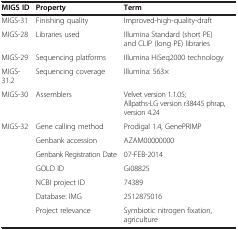
<table><thead><tr><td><b>MIGS ID</b></td><td><b>Property</b></td><td><b>Term</b></td></tr></thead><tbody><tr><td>MIGS-31</td><td>Finishing quality</td><td>Improved-high-quality-draft</td></tr><tr><td>MIGS-28</td><td>Libraries used</td><td>Illumina Standard (short PE) and CLIP (long PE) libraries</td></tr><tr><td>MIGS-29</td><td>Sequencing platforms</td><td>Illumina HiSeq2000 technology</td></tr><tr><td>MIGS-31.2</td><td>Sequencing coverage</td><td>Illumina: 563×</td></tr><tr><td>MIGS-30</td><td>Assemblers</td><td>Velvet version 1.1.05; Allpaths-LG version r38445 phrap, version 4.24</td></tr><tr><td>MIGS-32</td><td>Gene calling method</td><td>Prodigal 1.4, GenePRIMP</td></tr><tr><td> </td><td>Genbank accession</td><td>AZAM00000000</td></tr><tr><td> </td><td>Genbank Registration Date</td><td>07-FEB-2014</td></tr><tr><td> </td><td>GOLD ID</td><td>Gi08825</td></tr><tr><td> </td><td>NCBI project ID</td><td>74389</td></tr><tr><td> </td><td>Database: IMG</td><td>2512875016</td></tr><tr><td> </td><td>Project relevance</td><td>Symbiotic nitrogen fixation, agriculture</td></tr></tbody></table>